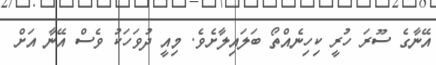
އޭނާގެ ސޫރަ ހުރީ ކިހިނެއްތޯ ބަލައިލާށެވެ. މިއީ ދުވަހަކު ވެސް އޭނާ އަށް